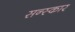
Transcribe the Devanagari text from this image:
सन्स्कार